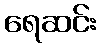
ရေဆင်း